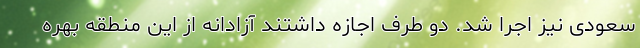
سعودی نیز اجرا شد. دو طرف اجازه داشتند آزادانه از این منطقه بهره‌